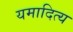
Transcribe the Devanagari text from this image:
यमादित्य